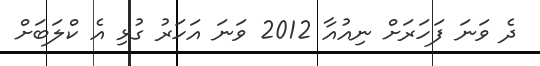
ދެ ވަނަ ފަހަރަށް ނިއުއާ 2012 ވަނަ އަހަރު ގުޅި އެ ކްލަބަށް